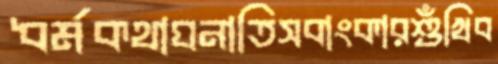
ধর্মকথাঘনাতিসবাংকারশুঁখিব